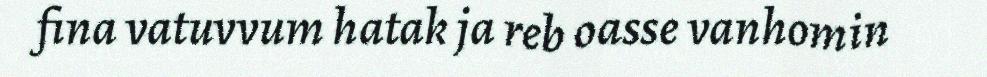
fina vatuvvum hatak ja reb oasse vanhomin